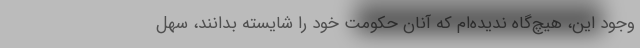
وجود اين، هيچ‌گاه نديده‌ام كه آنان حكومت خود را شايسته بدانند، سهل